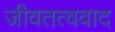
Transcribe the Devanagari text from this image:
जीवतत्ववाद